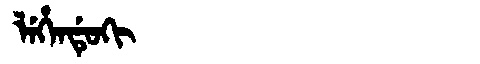
Manchu: ᠯᡝᡥᡝᠨᡩᡠᡴᡳ
Romanization: LEHENDUKI